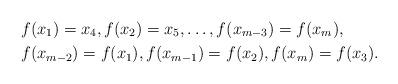
LaTeX: \begin{align*}&f(x_1)=x_4, f(x_2)=x_5, \dots, f(x_{m-3})=f(x_m),\\&f(x_{m-2})=f(x_1), f(x_{m-1})=f(x_2), f(x_{m})=f(x_3).\end{align*}